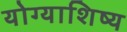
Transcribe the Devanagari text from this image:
योग्याशिष्य